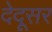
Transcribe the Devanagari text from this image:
देदूसर